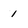
Character: 1